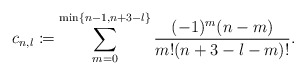
\begin{align*} c_{n,l}\coloneqq\sum_{m=0}^{\min\{n-1,n+3-l\}}\frac{(-1)^m(n-m)}{m!(n+3-l-m)!}.\end{align*}